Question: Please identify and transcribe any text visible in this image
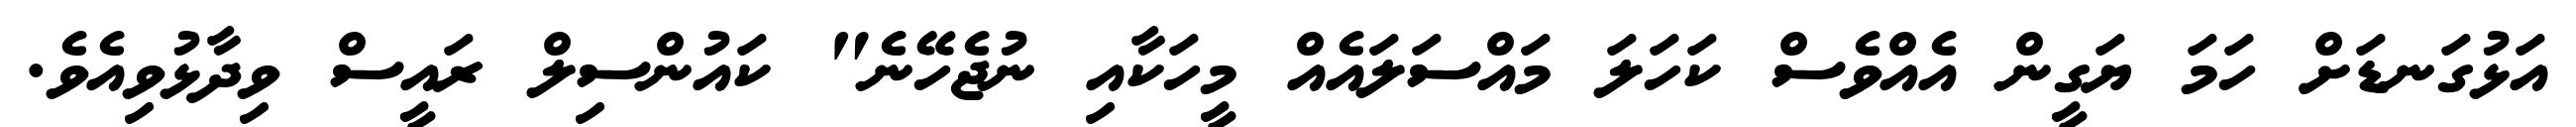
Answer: އަޅުގަނޑަށް ހަމަ ޔަގީން އެއްވެސް ކަހަލަ މައްސަލައެއް މީހަކާއި ނުޖެހޭނެ" ކައުންސިލް ރައީސް ވިދާޅުވިއެވެ.